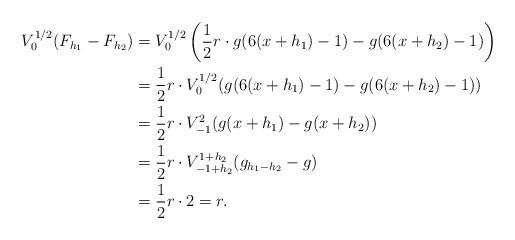
LaTeX: \begin{align*}V_0^{1/2}(F_{h_1}-F_{h_2}) &= V_0^{1/2}\left(\frac{1}{2}r\cdot g(6(x+h_1)-1)-g(6(x+h_2)-1)\right)\\&= \frac{1}{2}r\cdot V_0^{1/2}(g(6(x+h_1)-1)-g(6(x+h_2)-1))\\&= \frac{1}{2}r\cdot V_{-1}^2(g(x+h_1)-g(x+h_2))\\&= \frac{1}{2}r\cdot V_{-1+h_2}^{1+h_2}(g_{h_1-h_2}-g)\\&= \frac{1}{2}r\cdot 2=r.\end{align*}